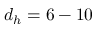
d _ { h } = 6 - 1 0